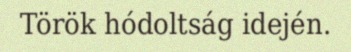
Török hódoltság idején.